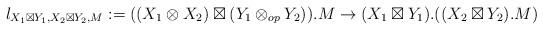
LaTeX: \begin{align*}l_{X_1\boxtimes Y_1, X_2\boxtimes Y_2,M}&:=((X_1 \otimes X_2) \boxtimes (Y_1 \otimes_{op} Y_2)).M \to (X_1 \boxtimes Y_1) .((X_2 \boxtimes Y_2).M) \end{align*}